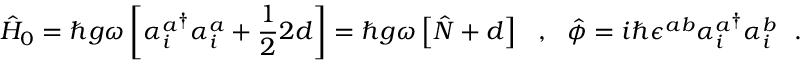
\hat { H } _ { 0 } = \hbar g \omega \left[ { \alpha _ { i } ^ { a } } ^ { \dagger } \alpha _ { i } ^ { a } + \frac { 1 } { 2 } 2 d \right] = \hbar g \omega \left[ \hat { N } + d \right] \ \ , \ \ \hat { \phi } = i \hbar \epsilon ^ { a b } { \alpha _ { i } ^ { a } } ^ { \dagger } \alpha _ { i } ^ { b } \ \ .